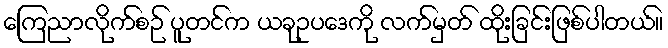
ကြေညာလိုက်စဉ် ပူတင်က ယခုဥပဒေကို လက်မှတ် ထိုးခြင်းဖြစ်ပါတယ်။